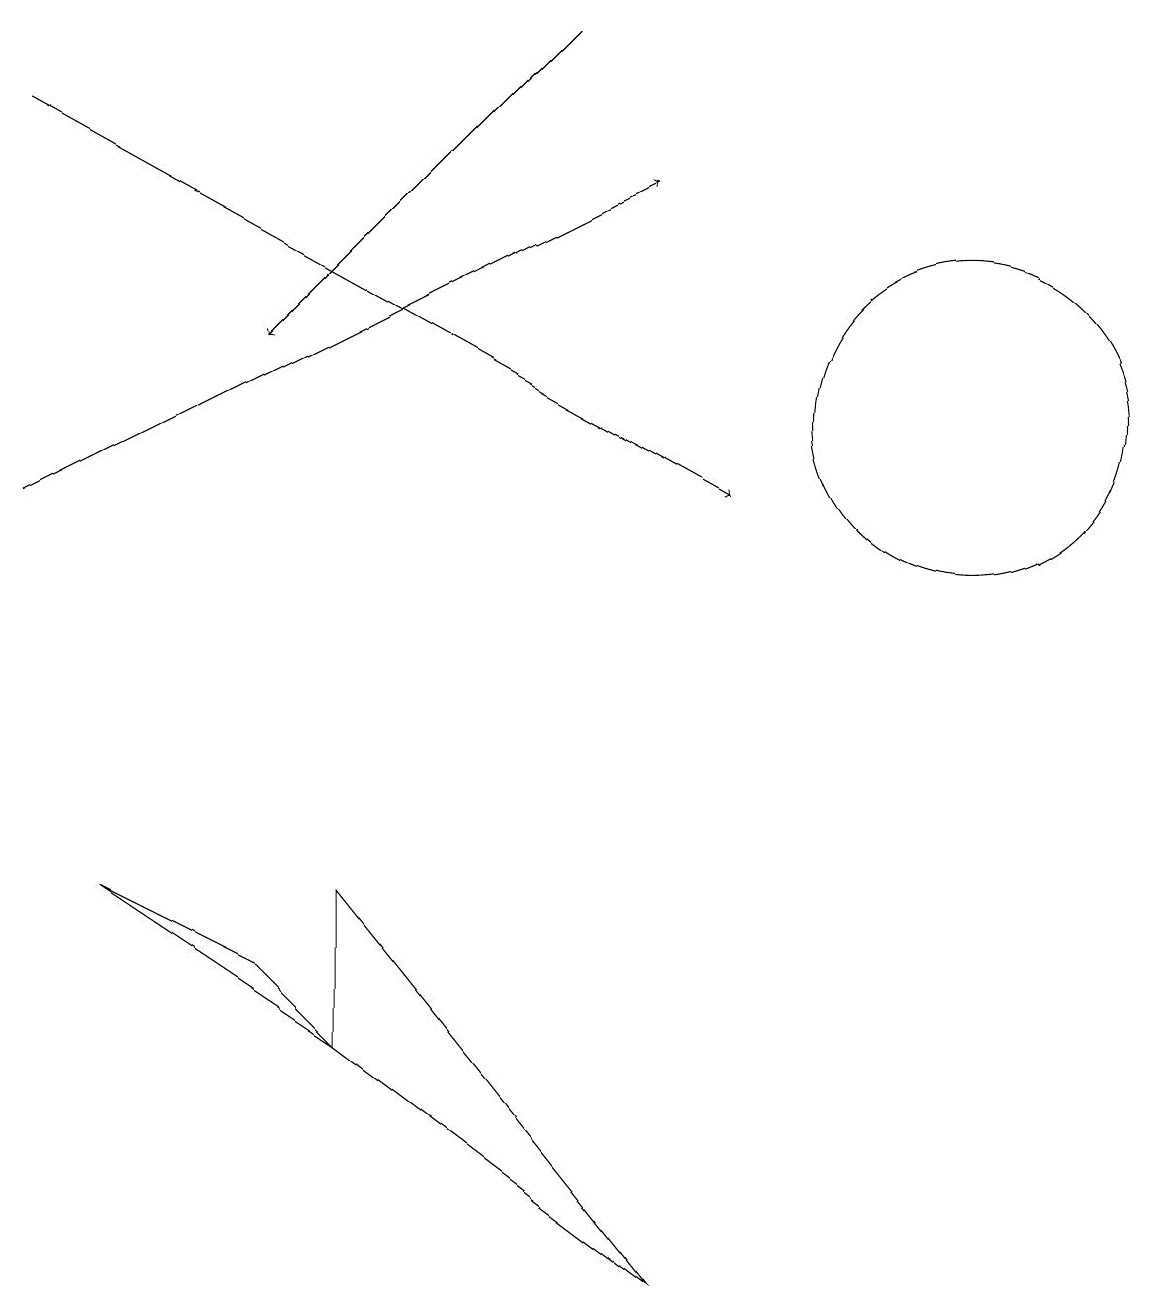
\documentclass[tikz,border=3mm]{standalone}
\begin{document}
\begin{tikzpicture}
\draw (12,12) circle (2);
\draw[->] (0,11) -- (8,15);
\draw[->] (0,16) -- (9,11);
\draw (4,4) -- (8,1) -- (4,6) -- cycle;
\draw (4,4) -- (3,5) -- (1,6) -- cycle;
\draw[->] (7,17) -- (3,13);
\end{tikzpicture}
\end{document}